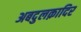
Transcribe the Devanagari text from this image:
अबदुलक़ादिर